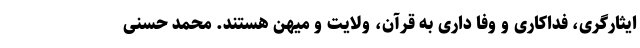
ایثارگری، فداکاری و وفا داری به قرآن، ولایت و میهن هستند. محمد حسنی